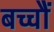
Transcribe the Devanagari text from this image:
बच्चोेैं